Malaria in India - Number 2
Disease focus: Malaria
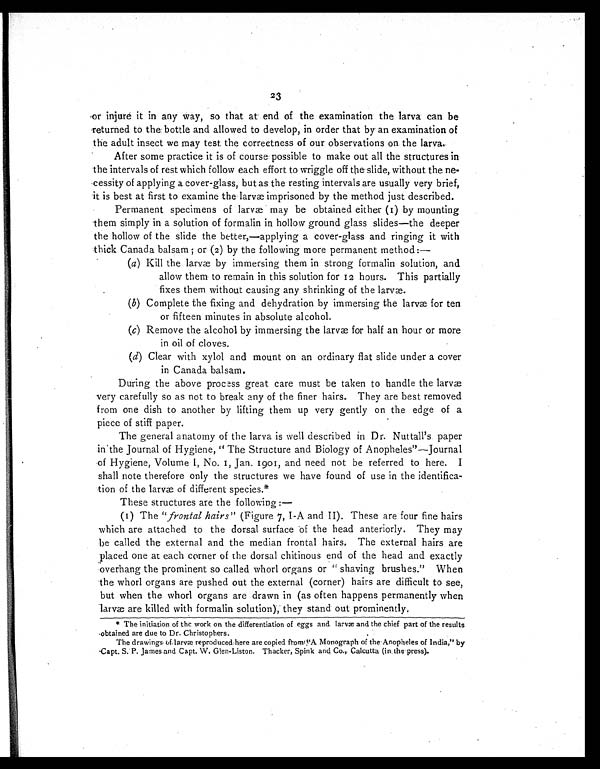
23
or injure it in any way, so that at end of the examination the larva can be
returned to the bottle and allowed to develop, in order that by an examination of
the adult insect we may test the correctness of our observations on the larva.
After some practice it is of course possible to make out all the structures in
the intervals of rest which follow each effort to wriggle off the slide, without the ne-
cessity of applying a cover-glass, but as the resting intervals are usually very brief,
it is best at first to examine the larvæ imprisoned by the method just described.
Permanent specimens of larvæ may be obtained either (1) by mounting
them simply in a solution of formalin in hollow ground glass slides—the deeper
the hollow of the slide the better,—applying a cover-glass and ringing it with
thick Canada balsam ; or (2) by the following more permanent method:—
(a) Kill the larvæ by immersing them in strong formalin solution, and
allow them to remain in this solution for I2 hours. This partially
fixes them without causing any shrinking of the larvæ.
(b) Complete the fixing and dehydration by immersing the larvæ for ten
or fifteen minutes in absolute alcohol.
(c) Remove the alcohol by immersing the larvæ for half an hour or more
in oil of cloves.
(d) Clear with xylol and mount on an ordinary flat slide under a cover
in Canada balsam.
During the above process great care must be taken to handle the larvæ
very carefully so as not to break any of the finer hairs. They are best removed
from one dish to another by lifting them up very gently on the edge of a
piece of stiff paper.
The general anatomy of the larva is well described in Dr. Nuttall's paper
in the Journal of Hygiene, " The Structure and Biology of Anopheles"—Journal
of Hygiene, Volume I , No. 1, Jan. 1901, and need not be referred to here. I
shall note therefore only the structures we have found of use in the identifica-
tion of the larvæ of different species.*
These structures are the following :-
(1) The "frontal hairs" (Figure 7, I-A and II). These are four fine hairs
which are attached to the dorsal surface of the head anteriorly. They may
be called the external and the median frontal hairs. The external hairs are
placed one at each corner of the dorsal chitinous end of the head and exactly
overhang the prominent so called whorl organs or " shaving brushes." When
the whorl organs are pushed out the external (corner) hairs are difficult to see,
but when the whorl organs are drawn in (as often happens permanently when
larvæ are killed with formalin solution), they stand out prominently.
* The initiation of the work on the differentiation of eggs and larvæ and the chief part of the results
obtained are due to Dr. Christophers.
The drawings of larvæ reproduced here are copied from "A Monograph of the Anopheles of India," by
Capt. S. P. James and Capt. W. Glen-Liston. Thacker, Spink and Co., Calcutta (in the press).